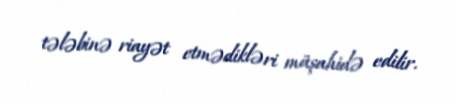
tələbinə riayət etmədikləri müşahidə edilir.